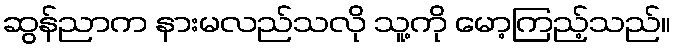
ဆွန်ညာက နားမလည်သလို သူ့ကို မော့ကြည့်သည်။